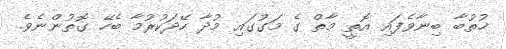
ޚުތުބާ ބިނާވެފައި އޮތީ މާތް ގެ މަގުުގައި މުދާ ހޭދަކުރުމާ ބެހޭ ގޮތުންނެވެ.